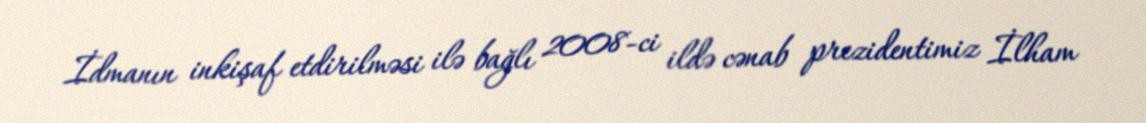
İdmanın inkişaf etdirilməsi ilə bağlı 2008-ci ildə cənab prezidentimiz İlham